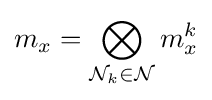
m_{x}=\bigotimes _{{\mathcal {N}}_{k}\in {\mathcal {N}}}m_{x}^{k}